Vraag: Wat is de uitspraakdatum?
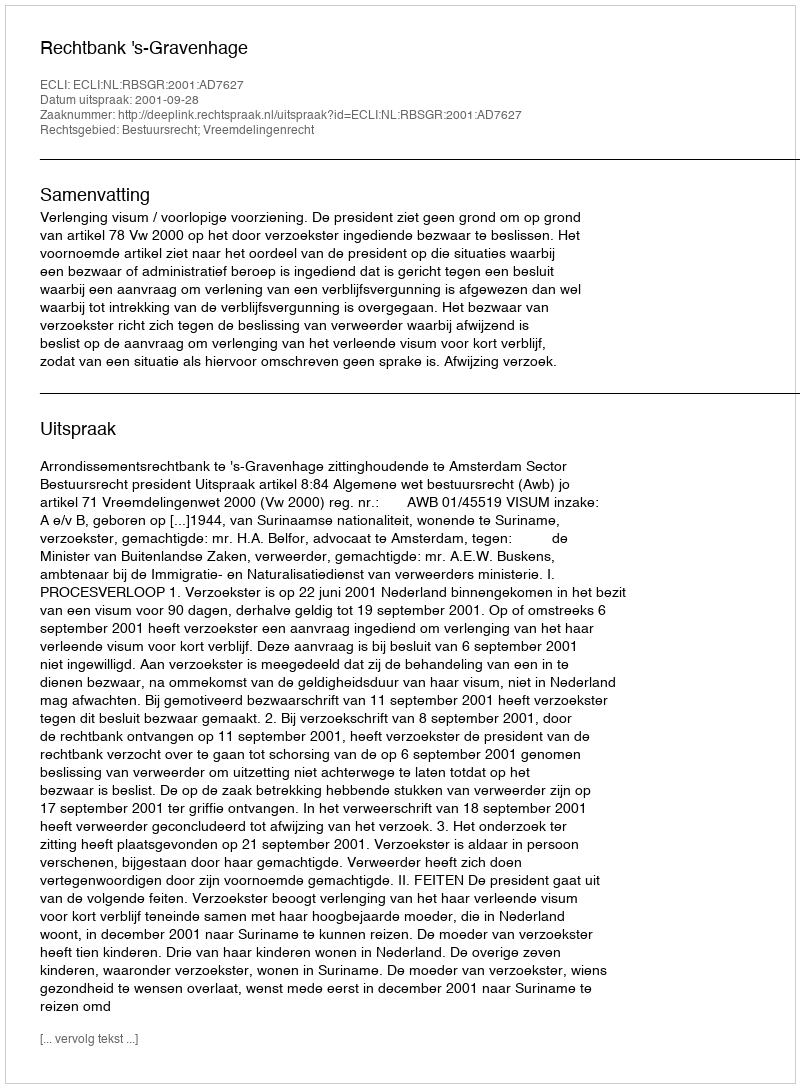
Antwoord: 2001-09-28